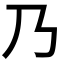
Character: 乃